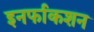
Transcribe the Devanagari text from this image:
इनर्फाकशन